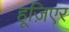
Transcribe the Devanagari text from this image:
हूज़िएर